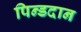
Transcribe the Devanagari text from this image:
पिन्डदान